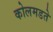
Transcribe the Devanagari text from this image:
कोलमडते